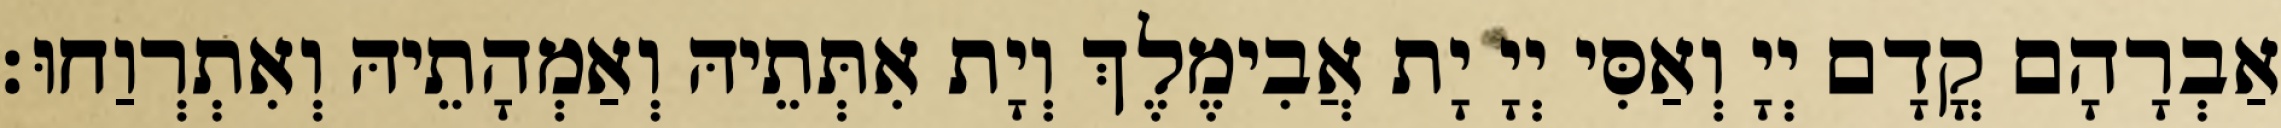
אַבְרָהָם קֳדָם יְיָ וְאַסִּי יְיָ יָת אֲבִימֶלֶךְ וְיָת אִתְּתֵיהּ וְאַמְהָתֵיהּ וְאִתְרְוַחוּ׃